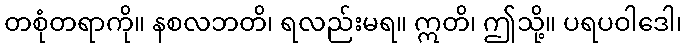
တစုံတရာကို။ နစလဘတိ၊ ရလည်းမရ။ ဣတိ၊ ဤသို့။ ပရပဝါဒေါ၊